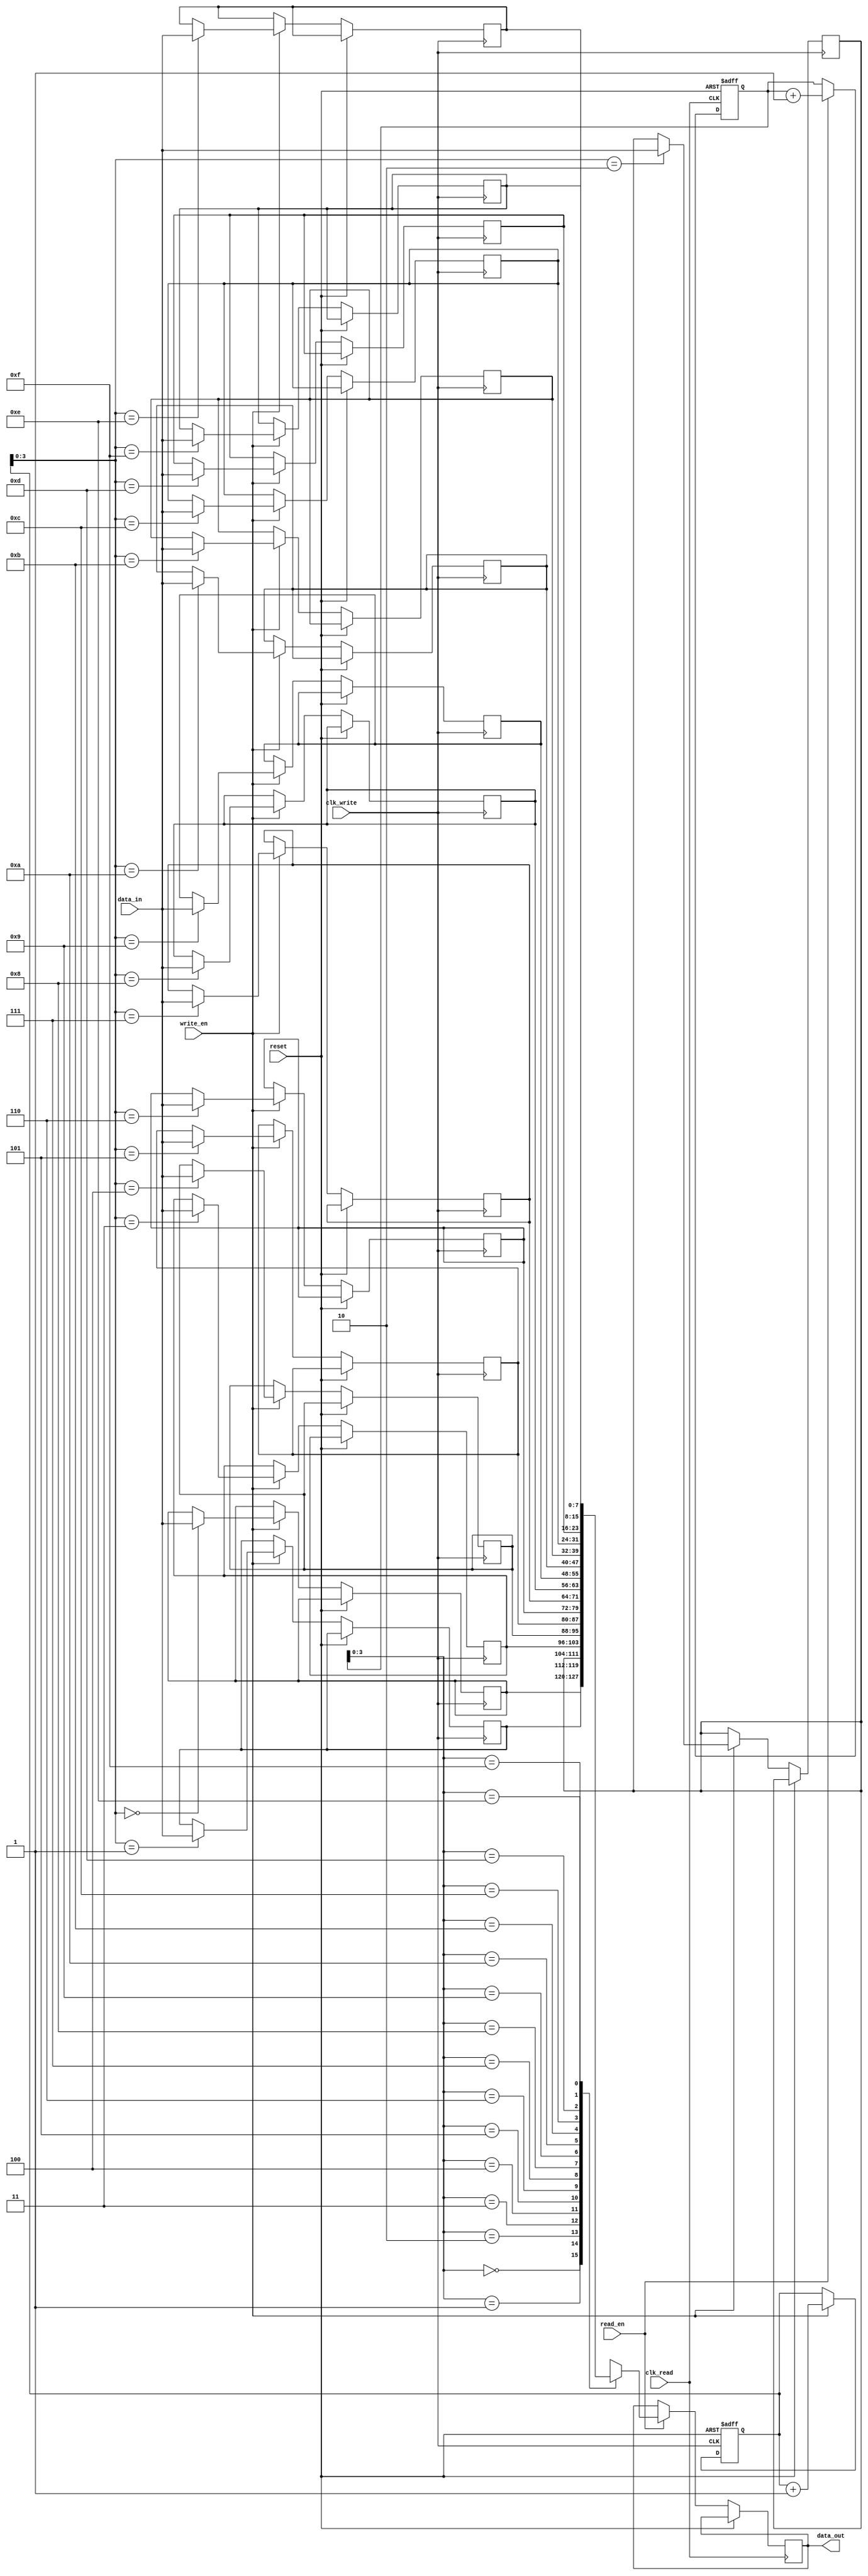
module fifo_buffer (
    input wire clk_write,
    input wire clk_read,
    input wire reset,
    input wire [DATA_WIDTH-1:0] data_in,
    output reg [DATA_WIDTH-1:0] data_out,
    input wire write_en,
    input wire read_en
);

parameter DATA_WIDTH = 8;
parameter DEPTH = 16;

reg [DATA_WIDTH-1:0] fifo[0:DEPTH-1];
reg [4:0] write_ptr = 5'b0;
reg [4:0] read_ptr = 5'b0;

always @(posedge clk_write or posedge reset) begin
    if (reset) begin
        write_ptr <= 5'b0;
    end else if (write_en) begin
        fifo[write_ptr] <= data_in;
        write_ptr <= write_ptr + 1;
    end
end

always @(posedge clk_read or posedge reset) begin
    if (reset) begin
        read_ptr <= 5'b0;
    end else if (read_en) begin
        data_out <= fifo[read_ptr];
        read_ptr <= read_ptr + 1;
    end
end

endmodule